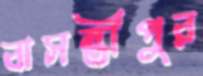
বাসন্তীপুর